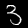
Label: 3